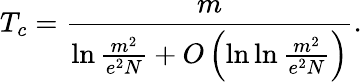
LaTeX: T_{c}=\frac{m}{\ln\frac{m^{2}}{e^{2}N}+O\left(\ln\ln\frac{m^{2}}{e^{2}N}\right)}.